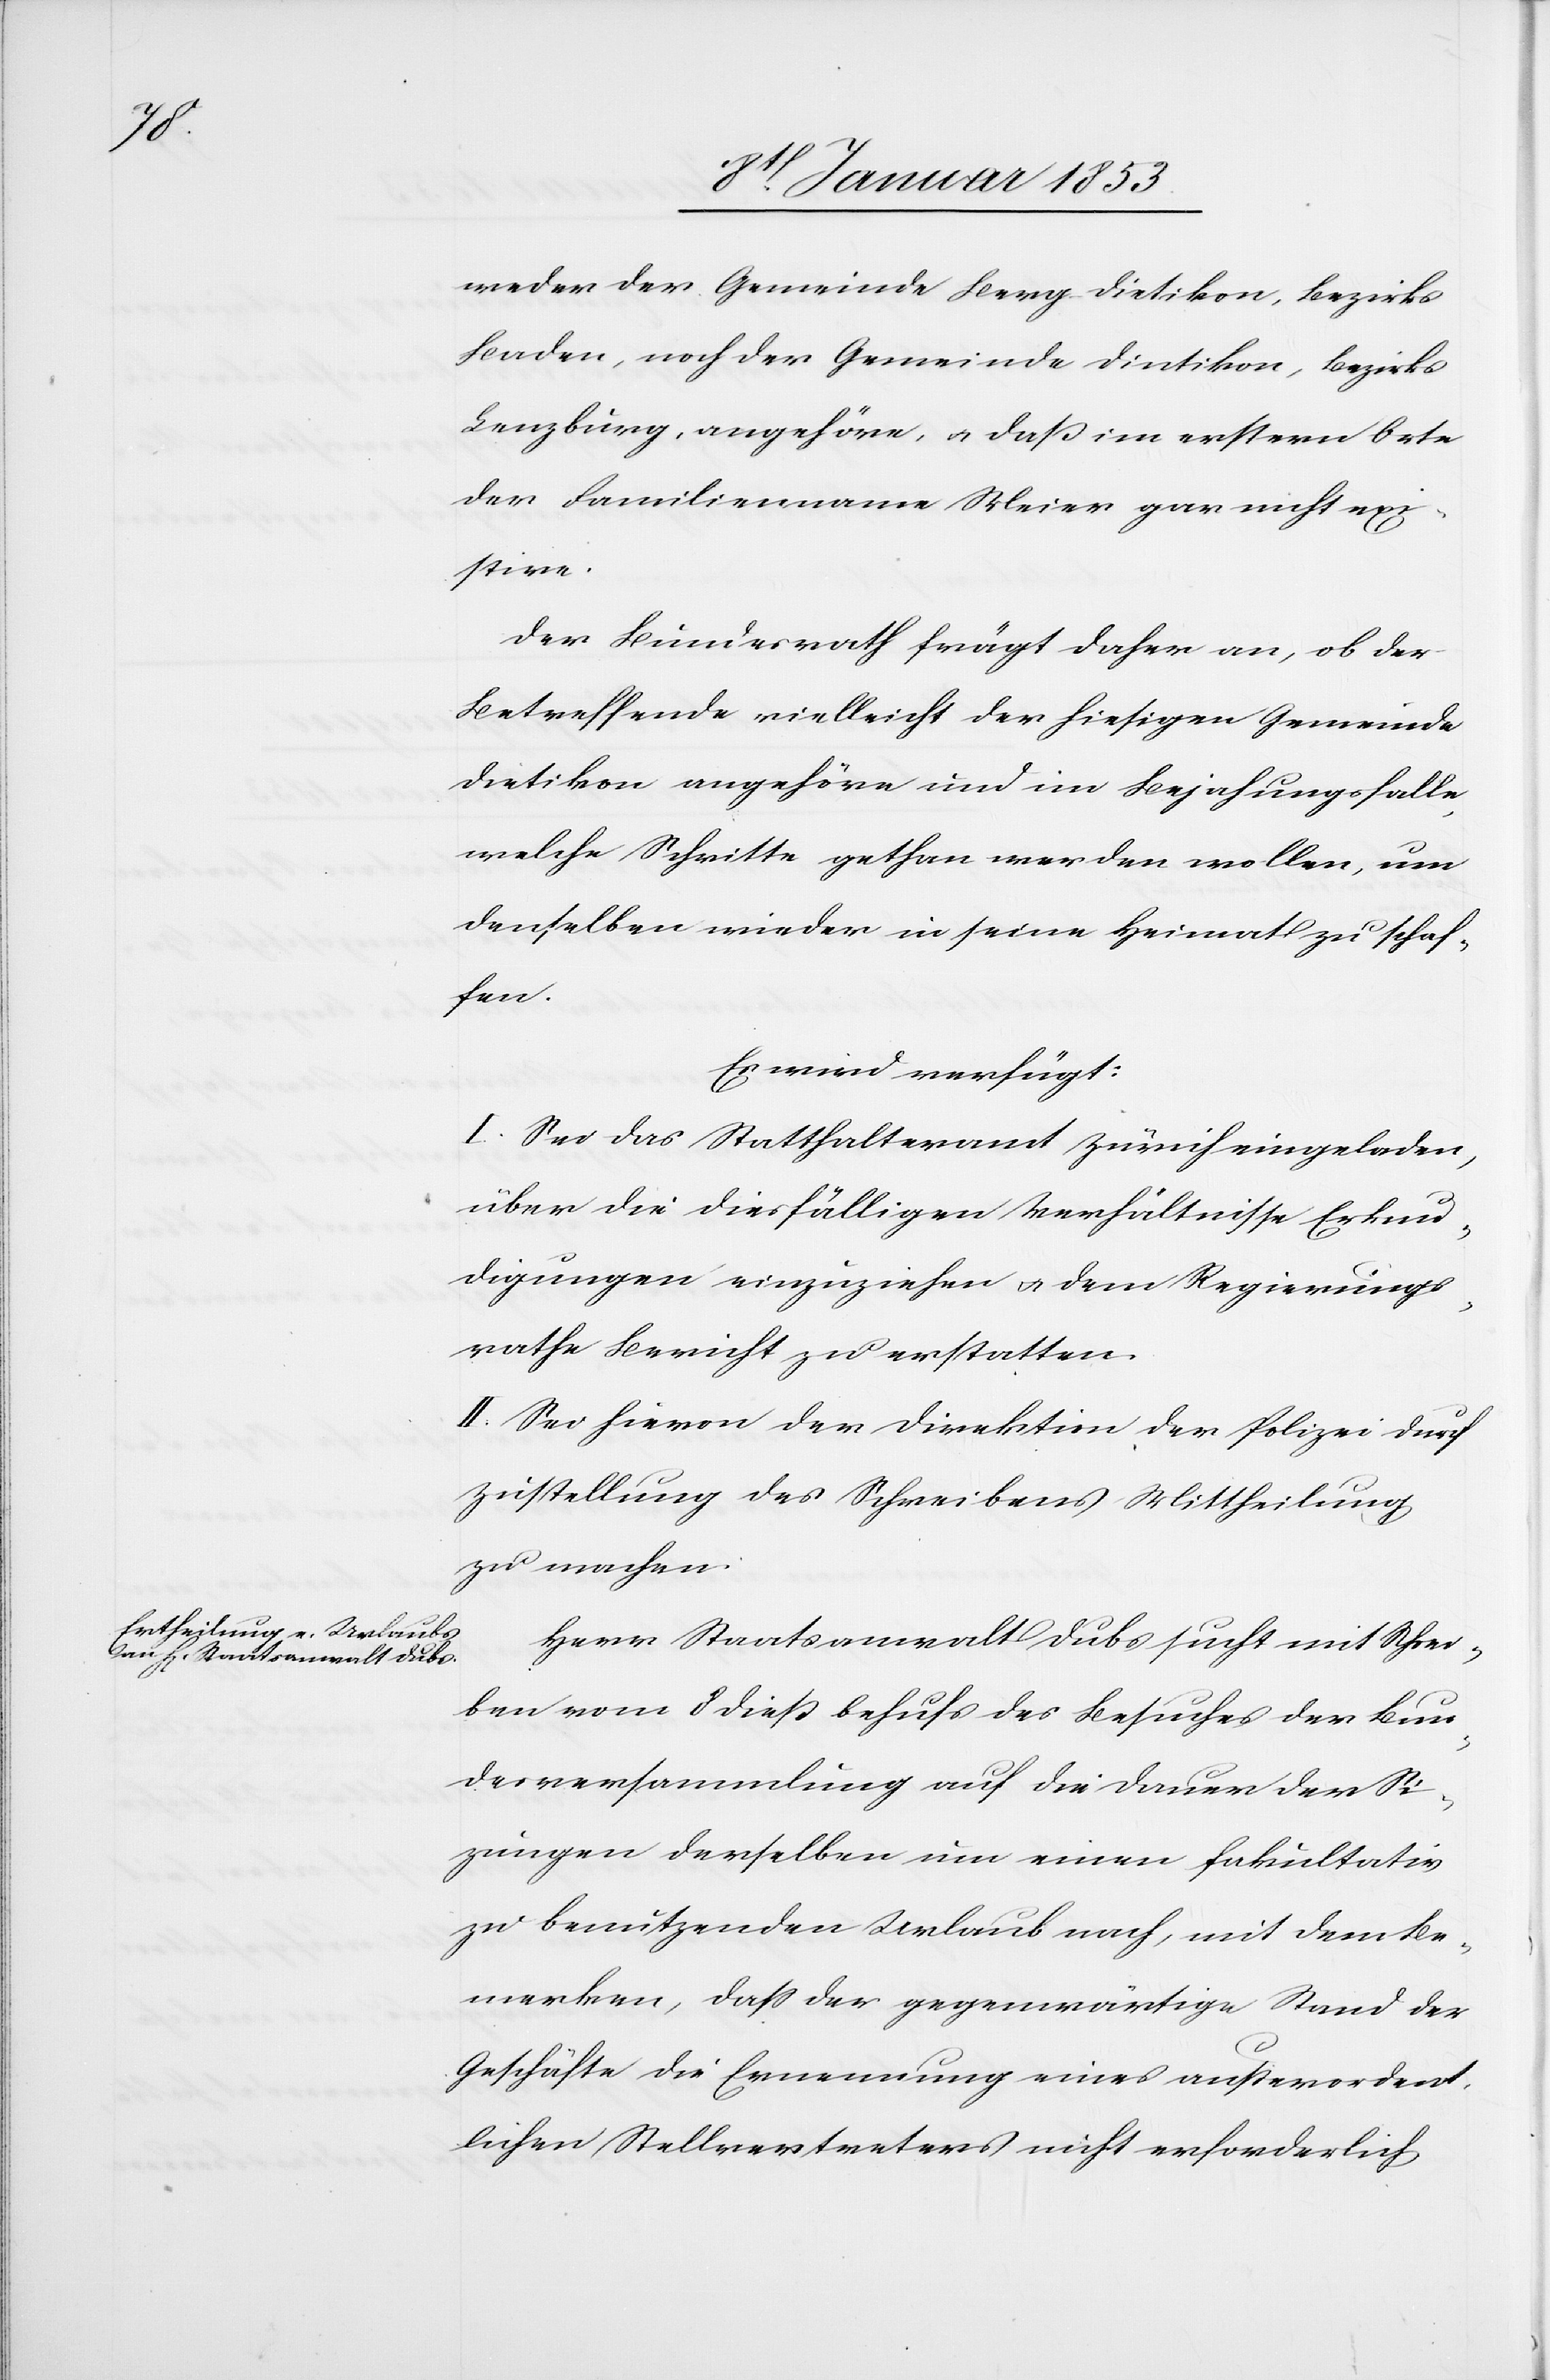
10 Januar 1853.]
weder der Gemeinde Berg Dietikon, Bezirk
Baden, noch der Gemeinde Dietikon, Bezirk
Lenzburg, angehöre, u. dass im erstern Orte
der Familienname Meier gar nicht exi¬
stire.
Der Bundesrath frägt daher an, ob der
Betreffende vielleicht der hiesigen Gemeinde
Dietikon angehöre und im Bejahungsfalle
welche Schritte gethan werden wollen, um
denselben wieder in seine Heimat zu schaf¬
fen.
Es wird verfügt:
I. Sei das Statthalteramt Zürich eingeladen,
über die diesfälligen Verhältnisse Erkun¬
digungen einzuziehen u. dem Regierungs¬
rathe Bericht zu erstatten.
II. Sei hievon der Direktion der Polizei durch
Zustellung des Schreibens Mittheilung
zu machen.
Herr Staatsanwalt Dubs sucht mit Schrei¬
ben vom 8 diess behufs des Besuches der Bun¬
desversammlung auf die Dauer der Sit¬
zungen derselben um einen fakultativ
zu benutzenden Urlaub nach, mit dem Be¬
merken, daß der gegenwärtige Stand der
Geschäfte die Ernennung eines ausserordent¬
lichen Stellvertreters nicht erforderlich